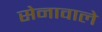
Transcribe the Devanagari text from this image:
सेनावाले